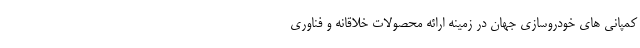
کمپانی های خودروسازی جهان در زمینه ارائه محصولات خلاقانه و فناوری